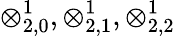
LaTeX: \otimes_{2,0}^{1},\otimes_{2,1}^{1},\otimes_{2,2}^{1}